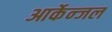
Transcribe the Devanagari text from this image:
आर्केन्जल